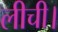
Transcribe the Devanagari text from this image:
लीची।